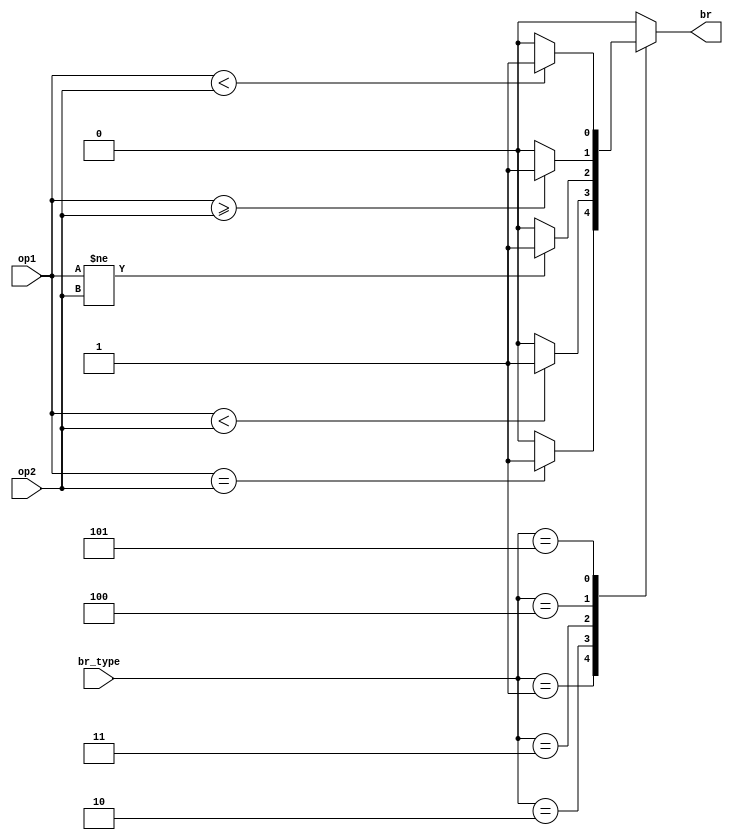
module Branch(
    input [31:0] op1, op2,
    input [2:0] br_type,

    output reg br
);
    localparam NONE_BR  = 3'b000;
    localparam BEQ      = 3'b001;
    localparam BLT      = 3'b010;
    localparam BNE      = 3'b011;
    localparam BGE      = 3'b100;
    localparam BLTU     = 3'b101;

    always@(*) begin
        case(br_type)
            NONE_BR: br = 0;
            BEQ: begin
                if(op1 == op2)
                    br = 1;
                else br = 0;
            end
            BLT: begin
                if($signed(op1) < $signed(op2))
                    br = 1;
                else br = 0;
            end
            BNE: begin
                if(op1 != op2)
                    br = 1;
                else br = 0;
            end
            BGE: begin
                if($signed(op1) >= $signed(op2))
                    br = 1;
                else br = 0;
            end
            BLTU: begin
                if(op1 < op2)
                    br = 1;
                else br = 0;
            end
            default: br = 0;
        endcase
    end
endmodule